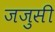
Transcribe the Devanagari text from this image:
जजुसी